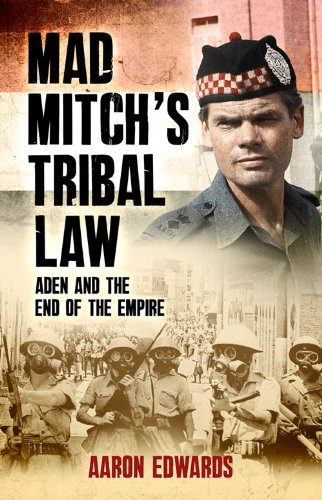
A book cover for Mad Mitch's Tribal Law: Aden and the End of the Empire; Aaron Edwards; History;